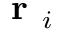
\textbf { r } _ { i }